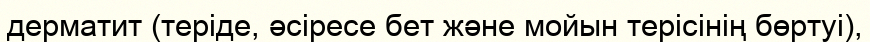
дерматит (теріде, әсіресе бет және мойын терісінің бөртуі),